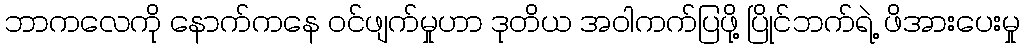
ဘာကလေကို နောက်ကနေ ဝင်ဖျက်မှုဟာ ဒုတိယ အဝါကက်ပြဖို့ ပြိုင်ဘက်ရဲ့ ဖိအားပေးမှု